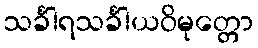
သင်္ခါရသင်္ခါယဝိမုတ္တော